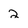
Character: 2